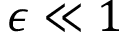
\epsilon \ll 1